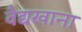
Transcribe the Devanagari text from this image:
वैद्यखाना